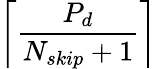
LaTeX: \left\lceil\frac{P_{d}}{N_{skip}+1}\right\rceil